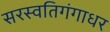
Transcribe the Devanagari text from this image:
सरस्वतिगंगाधर